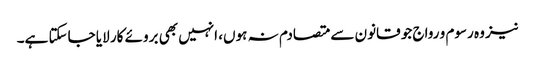
نیز وہ رسوم و رواج جو قانون سے متصادم نہ ہوں، انہیں بھی بروئے کار لایا جاسکتا ہے۔